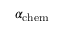
\alpha _ { \mathrm { c h e m } }